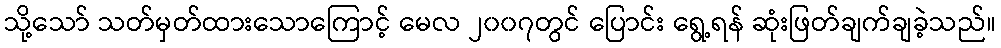
သို့သော် သတ်မှတ်ထားသောကြောင့် မေလ ၂၀၀၇တွင် ပြောင်း ရွေ့ရန် ဆုံးဖြတ်ချက်ချခဲ့သည်။